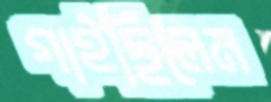
গাইছিলেম